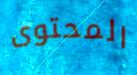
المحتوى